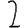
Digit: 2